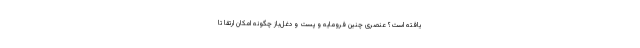
یافته است؟ عنصری چنین فرومایه و پست و دغل‌باز چگونه امکان ارتقا تا